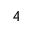
4